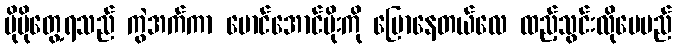
ပိုမိုတွေ့ရသည် ကွဲအက်ကာ မောင်အောင်မိုးကို ပြောနေတယ်လေ ထည့်သွင်းလိုပေမည်